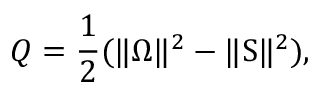
Q = \frac { 1 } { 2 } ( \Vert \boldsymbol { \Omega } \Vert ^ { 2 } - \Vert \boldsymbol { \mathrm { S } } \Vert ^ { 2 } ) ,